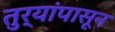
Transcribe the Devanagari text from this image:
तुर्‍यांपासून